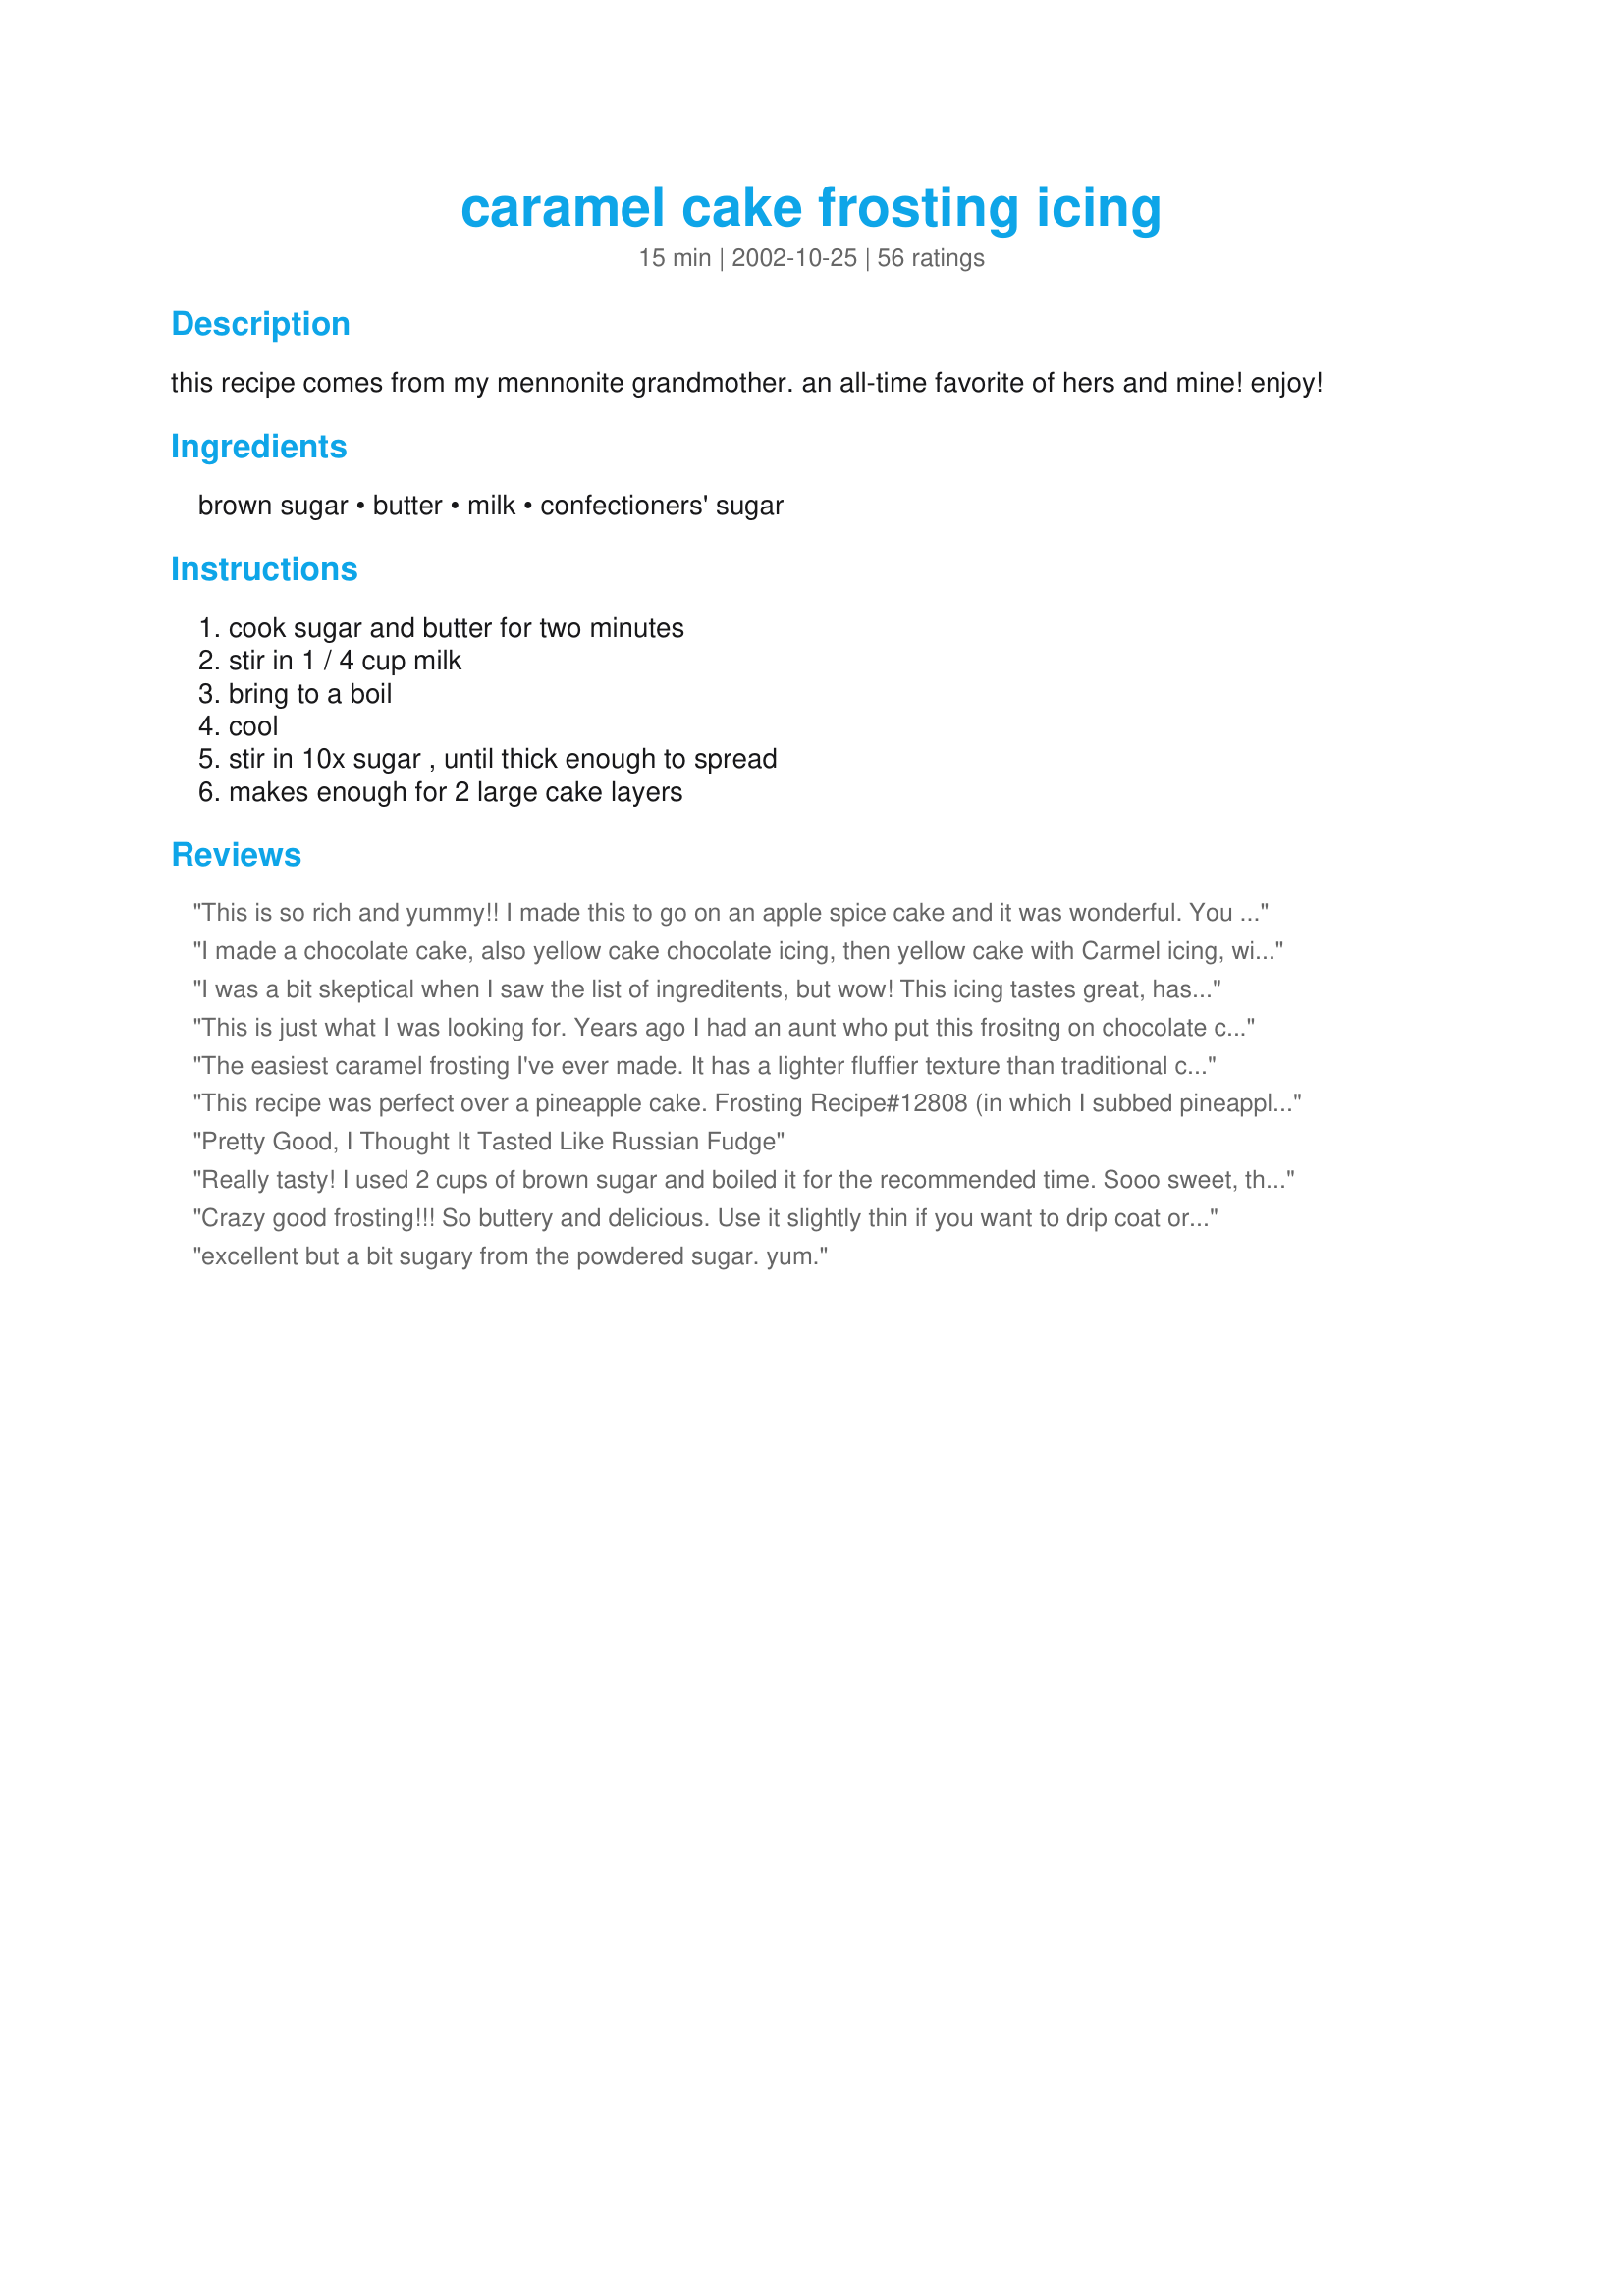
caramel cake frosting icing
Preparation time: 15 minutes

this recipe comes from my mennonite grandmother. an all-time favorite of hers and mine! enjoy!

Ingredients:
brown sugar, butter, milk, confectioners' sugar

Steps:
cook sugar and butter for two minutes, stir in 1 / 4 cup milk, bring to a boil, cool, stir in 10x sugar , until thick enough to spread, makes enough for 2 large cake layers

Reviews:
This is so rich and yummy!! I made this to go on an apple spice cake and it was wonderful. You could use this on almost any cake, and I probably will :) Thanks for this great recipe!!
I made a chocolate cake, also yellow cake chocolate icing, then yellow cake with Carmel icing, with 1/2 vanilla abtract
I was a bit skeptical when I saw the list of ingreditents, but wow! This icing tastes great, has perfect consistency and spreads easily. I doubled the recipe, but only used a little over 1/2 of a box of confectioner's sugar. Perfect!
This is just what I was looking for. Years ago I had an aunt who put this frositng on chocolate cake. She called it penunche frosting. It is so good. I lost the recipe and was so happy to find it. Thanks so much!! Janice
The easiest caramel frosting I've ever made. It has a lighter fluffier texture than traditional cooked caramel icing and it's easier to get on the cake. Will use this recipe again.
This recipe was perfect over a pineapple cake. Frosting Recipe#12808 (in which I subbed pineapple cake mix and tropical pineapple Jello), it was perfect! This batch sparsely frosted one two layer cake. Thank you for posting this yummy recipe.
Pretty Good, I Thought It Tasted Like Russian Fudge
Really tasty! I used 2 cups of brown sugar and boiled it for the recommended time. Sooo sweet, though! Too sweet for DH, but DS & I loved it!
Crazy good frosting!!! So buttery and delicious. Use it slightly thin if you want to drip coat or add just a bit more powdered sugar and it will be thick enough to frost easily. I thought the cake was decent but not my favorite recipe. I used both recipes exactly as instructed, no substitutions except doubling the frosting and used a 9&quot; square cake pan for 3 layers. The cake is moist but a little more dense than I like. But it held the icing well and is a very neutral vanilla/butter flavor. I guess that is good since the star of the show is the frosting!! I will definitely use the frosting recipe again.
excellent but a bit sugary from the powdered sugar. yum.
Super easy and fast recipe. Made it in less than 5 minutes. Will defiantly use it from here on out!��
Very nice frosting! We just loved it. So creamy and good. Thanks for posting this recipe.
I wanted to like this, but this did not taste like caramel at all. All you can taste is sugar.
I've been wanting to make a caramel sauce - getting up the courage. Cooking Sugar and I don't normally work well together. This worked out great! My 3-year old grandson helped make the cake and he "let" me do the icing! So delish! So easy! Thank you!
This was good, but very sweet. It was super simple to make. I would have preferred a stronger caramel taste. I did let my mixture boil for a few minutes, then cooled. I used it to ice a banana cake.
My H loves cupcakes with caramel frosting. I have made this frosting at least 4 times in the last two weeks. It's a keeper. So simple and tasty. 
thanks.
Easy and yummy! Used on a banana cake but would be delicious on just about anything. Thanks for sharing your grandmother's recipe!
Very nice change from vanilla or chocolate icing......a little on the sweet side, but enjoyed by all.
Yess, yess, yess! Very yummy and very sweet. Sugar can be reduced without the consistency suffering, like TGirl suggested. Woderful on top of cranberry bars, for example.
Awesome recipe!! I added 1 box of powdered sugar with a little more milk!
Yummm.. delicious, fast, easy.
This was quite tasty and really easy. I made it rather thin to drizzle on cookies, and loved the results. This is exactly what I was looking for!
Very good frosting, but sooooo sweet. Would have liked it to taste more like caramel than sugar.
I have been searching for a Caramel Icing that was super easy to make. My Mother in law used to make this and spread it on top of her Mother's Oat Cake every year for my husbands birthday and I lost the recipe. It is just like my husband remembers his mother making it. Thank you so much.
Joyce
Delicious! Used it to top zucchini loaf. :)
Growing up in W.Va., my great aunt would make this as my &quot;special day&quot; cake (meaning a day when the sun didn&#039;t shine). The taste holds so many amazing memories! Thank-you SO MUCH for posting this!!! I have been searching for over ten years, and this recipe is the only one that has brought me to tears at first taste!!! I only wish I could give you more stars!
LOVE how this turned out... a bit on the runny side like some people have said, but i think maybe cutting down on the butter a bit next time will fix that. it&#039;s all i can do to not just eat the frosting before i get the chance to even put it on anything!
I made this icing to thick and it was still delicious. I used for a turtle cake.
This was great. I made a half batch and it was more than enough to frost 10 cupcakes. The flavor is wonderful and it is super easy to make.
This is a great recipe, and I use it quite frequently. I add about 1/2t of vanilla and it is reminiscent of of my grandmothers caramel cakes. Oh, so good!
I had never made caramel icing before, but I'm glad I tried it. Really good! Thanks for the recipe.
Easy to make. Turned put great. Just a little too sweet for my taste
Good icing, was easy to make but it thickened quite quickly when I added the icing sugar and became hard before I had finished icing the cake and I couldn't spread it, ended up with lumpy/patchy icing. Nice flavour but very sweet, like fudge. Wasn't sure how much icing sugar to use, so used about 400g, perhaps this was too much and I should have left it more runny/thinner consistancy? Thanks for sharing.
This is very yummy frosting, though VERY sweet (not surprising, but still worth mentioning). It took an entire 500g box of icing sugar to get this thick enough to spread on the cake without dripping, and even then I put it in the fridge for about 2 minutes to firm up. This left me with a lot leftover after icing my 9x9 cake, but we think it will go well on carrot cake, so are saving the rest to use for one later on. All in all, very good, and I will definitely add this to my collection to use again. Thanks!
great i made this with a chocolate cake recipe great taste
Very easy to make, delicious! Thanks for the recipe!
I made this frosting to go on Cinnamon-Apple Bars #154741....really delicious! I halved the recipe for a 9x13 pan. I'll be making this again!
My family loved this! The kids thought it tasted like candy!
This was the recipe my mother (now deceased) always used for our birthday cakes (from the 1950's!!). It is a family favorite!!
For a basic icing we really enjoyed it on top of a spice cake. We made it so that it was just thick enough to drop from a spoon on a bundt cake and have it drip down a bit for decoration. Beats plain butter icing anyday.
yummmmmy !!!!!! this was great !! I made this exactly as written, and found that I needed less than half a box of 10x sugar to get the desired consistency--the taste is fabulous!! I spread it over plain yellow cake,and WOW !! It was just awesome..thank you so much for this great recipe!
Teresa
YUM-O..Made this to drizzle on a chocolate bundt cake. I drizzled it while it was still warm and it was delicious! Thank you for sharing. This one is going in my keeper file because it tastes awesome and is so easy!!
all I can say is OMGSHHHHH YUMMMMMMMMM
Very good. I used 1/2 cup brown and 1/2 cup white (I don't like the taste of brown sugar). Yummy!!!!
This frosting was very sweet, but not quite thick enough to spread on a layer cake - probably thick enough for cookies or a 9x13, though. If I were to make it again, I would probably add only a little milk as needed and as little powdered sugar as possible.
Easy and fantastic! I halved the recipe as I just needed enough to frost an 8"x8" Devil's Food Cake...it wasn't much frosting. I would recommend doubling the recipe if you want to have enough for 2 layers on a cake!
This was really yummy, but very sweet - I used it to top recipe #168114 and then sprinkled Skor toffee bits on top of the icing. A really nice recipe which I will use again, but cut back on the sugar a little next time.
I just made this frosting and we really love it! It was very simple and easy clean up after. 
Only problem was by the time it was spreadable, it got too hard to spread well (wanted to tear the cake). Overall very pleased with this and will surely make it again!
This was GREAT on my triple chocolate bundt cakes! I make the mini ones and I drizzled this over them, I didn't even use the confectioners sugar. It tasted SOOO good! The kids were licking it off the pans where it ran off =0) So was I!! Thanks!
A coworker knows I love to cook/bake. She asked me if I would make a caramel cake. I had to be honest and tell her I never had made one because I was "scared" of making caramel icing. I found this recipe and made a yellow sheet cake from "scratch" and put this frosting on top. I made sure she got a piece of this cake when I took it to work but it was hard...so many wanted a piece...then a second...Thanks so much for the recipe. Everyone loved it! P.S. I'm making it again tomorrow to bring to work.
Yum! The best icing EVER. EVER. Tastes like caramel! No joke! 2 thumbs up!
Thank you, it went over well at my Mother's 83rd Birthday Party. She just loved it.
yummy. most luscious. reminds me of my childhood. will use often.
mmm ! This frosting was delicious, and extremely easy to make. It's amazing how much it thickens up once you add the icing sugar. I'll definitely be making this again!
My aunt used to make the best caramel cakes at family gatherings when I was a child. It has been about 15 years since I have tasted caramel icing as close to hers. Thanks for sharing this recipe, it was a hit!
This worked very well and covered a double layer 9 inch cake. It is a bit too sweet for my liking, but it was very easy to make and the technique was perfect. Thank you!
